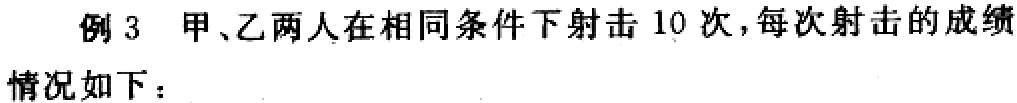
例 3 甲、乙两人在相同条件下射击 10 次，每次射击的成绩
情况如下：